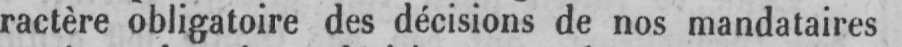
ractère obligatoire des décisions de nos mandataires